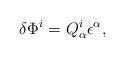
LaTeX: \begin{align*}\delta\Phi^{i}=Q^{i}_{\alpha}\epsilon^{\alpha},\end{align*}